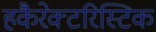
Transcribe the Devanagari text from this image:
हकैरेक्टरिस्टिक